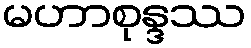
မဟာစုန္ဒဿ